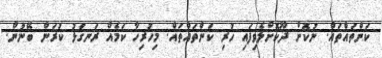
ކަންތައްތައް. ނުކޮށް ދޫކޮށްލެވިފައި ހުރި ކަންތައްތައް. މިހުރިހާ ކަމެއް ރަނގަޅު ކުރަން ބޭނުން.